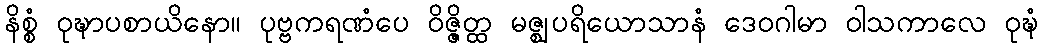
နိစ္စံ ဝုဍ္ဎာပစာယိနော။ ပုဗ္ဗကရဏံပေ ဝိဇ္ဇိတ္ထ မဇ္ဈပရိယောသာနံ ဒေဝဂါမာ ဝါသကာလေ ဝုဍ္ဎံ